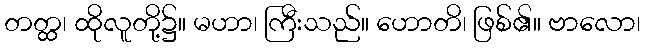
တတ္ထ၊ ထိုလူတို့၌။ မဟာ၊ ကြီးသည်။ ဟောတိ၊ ဖြစ်၏။ ဗာလော၊